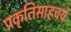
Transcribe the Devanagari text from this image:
प्रकृतिसाहचर्य